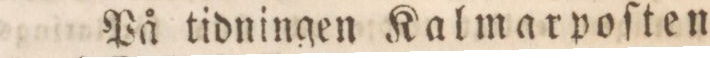
På tidningen Kalmarpoſten